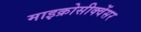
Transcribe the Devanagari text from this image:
माइक्रोसीक्वेंसर